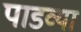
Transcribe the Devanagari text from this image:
पाडव्या